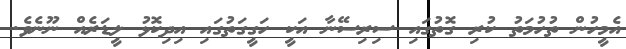
އެމީހުން ތުހުމަތު ކުރި ގޮތުގައި ސިރިސޭނާ އަކީ ހަގީގަތުގައި އިދިކޮޅު ލީޑަރެއް ނޫނެވެ.